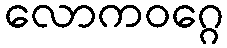
လောကဝဂ္ဂေ